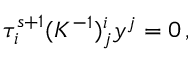
\tau _ { i } ^ { s + 1 } ( K ^ { - 1 } ) _ { j } ^ { i } y ^ { j } = 0 \, ,